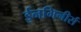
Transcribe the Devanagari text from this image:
ईनगिनीर्स